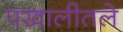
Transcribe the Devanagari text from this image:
पखालीतले